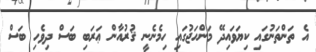
އެ ތަންތަނުގައި ކިޔަވައިދޭ މަންހަޖުގައި ހިމެނެނީ ޤުރުއާން ޢަރަބި ބަސް ދިވެހި ބަސް